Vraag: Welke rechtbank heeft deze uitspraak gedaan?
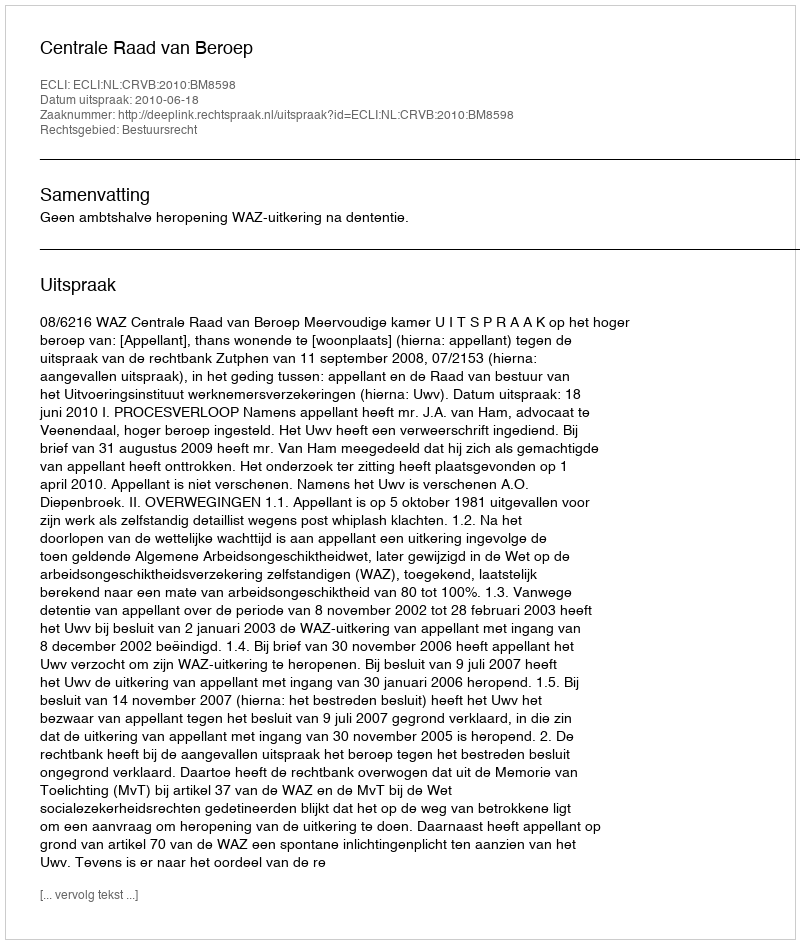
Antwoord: Centrale Raad van Beroep